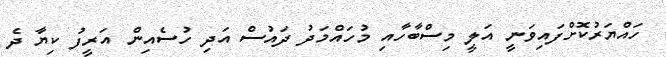
ހައްޔަރުކޮށްފައިވަނީ އަލީ މިސްބާހާއި މުހައްމަދު ދައުސް އަދި ހުސެއިން އަރީފު ކިޔާ ދެ